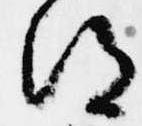
得